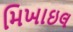
મિખાઇલ